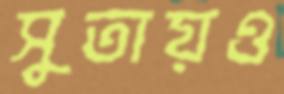
সুতায়ও